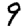
Digit: 9